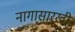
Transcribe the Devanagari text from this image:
नागासारखी